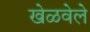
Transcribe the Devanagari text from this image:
खेळवेले